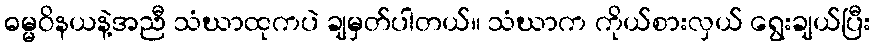
ဓမ္မဝိနယနဲ့အညီ သံဃာထုကပဲ ချမှတ်ပါတယ်။ သံဃာက ကိုယ်စားလှယ် ရွေးချယ်ပြီး